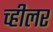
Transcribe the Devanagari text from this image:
च्हीलर